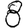
Digit: 8